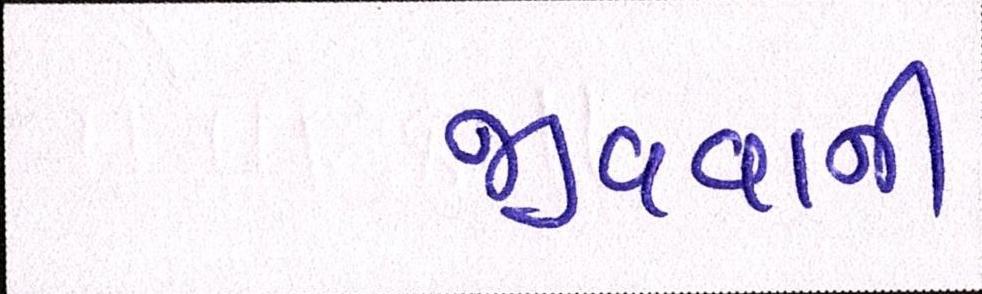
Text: જીવવાની